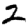
Digit: 2